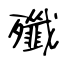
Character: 殲